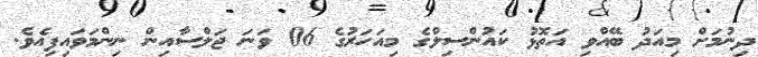
ދިނުމަށް މިއަދު ބޭއްވި އަތޮޅު ކައުންސިލްގެ މިއަހަރުގެ 06 ވަނަ ޖަލްސާއިން ނިންމަވައިފިއެވެ.